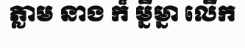
ភ្លាម នាង ក៏ ម្នីម្នា លើក